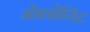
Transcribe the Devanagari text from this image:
ओबसोलिट